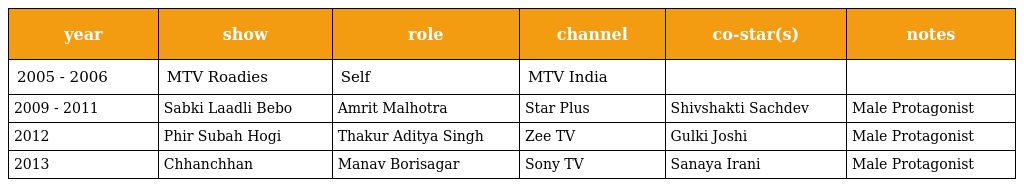
| year | show | role | channel | co-star(s) | notes |
 | --- | --- | --- | --- | --- | --- |
 | 2005 - 2006 | MTV Roadies | Self | MTV India |  |  |
 | 2009 - 2011 | Sabki Laadli Bebo | Amrit Malhotra | Star Plus | Shivshakti Sachdev | Male Protagonist |
 | 2012 | Phir Subah Hogi | Thakur Aditya Singh | Zee TV | Gulki Joshi | Male Protagonist |
 | 2013 | Chhanchhan | Manav Borisagar | Sony TV | Sanaya Irani | Male Protagonist |